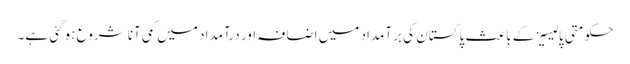
حکومتی پالیسیزکے باعث پاکستان کی برآمداد میں اضافہ اور درآمداد میں کمی آنا شروع ہو گئی ہے۔